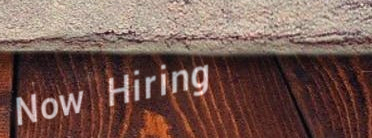
Now Hiring